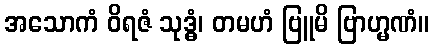
အသောကံ ဝိရဇံ သုဒ္ဓံ၊ တမဟံ ဗြူမိ ဗြာဟ္မဏံ။